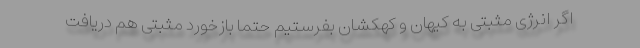
اگر انرژی مثبتی به کیهان و کهکشان بفرستیم حتما بازخورد مثبتی هم دریافت